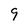
Character: 9